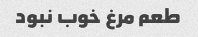
طعم مرغ خوب نبود